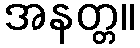
အနတ္တ။